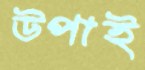
উপাই